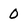
Character: 0